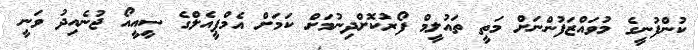
ކުންފުނީގެ މުވައްޒަފުންނަށް މަތީ ތައުލީމް ފޯރުކޮށްދިނުމަށް ކަމަށް އެމްޕީއެލްގެ ސީއީއޯ ޖުނެއިދު ވަނީ